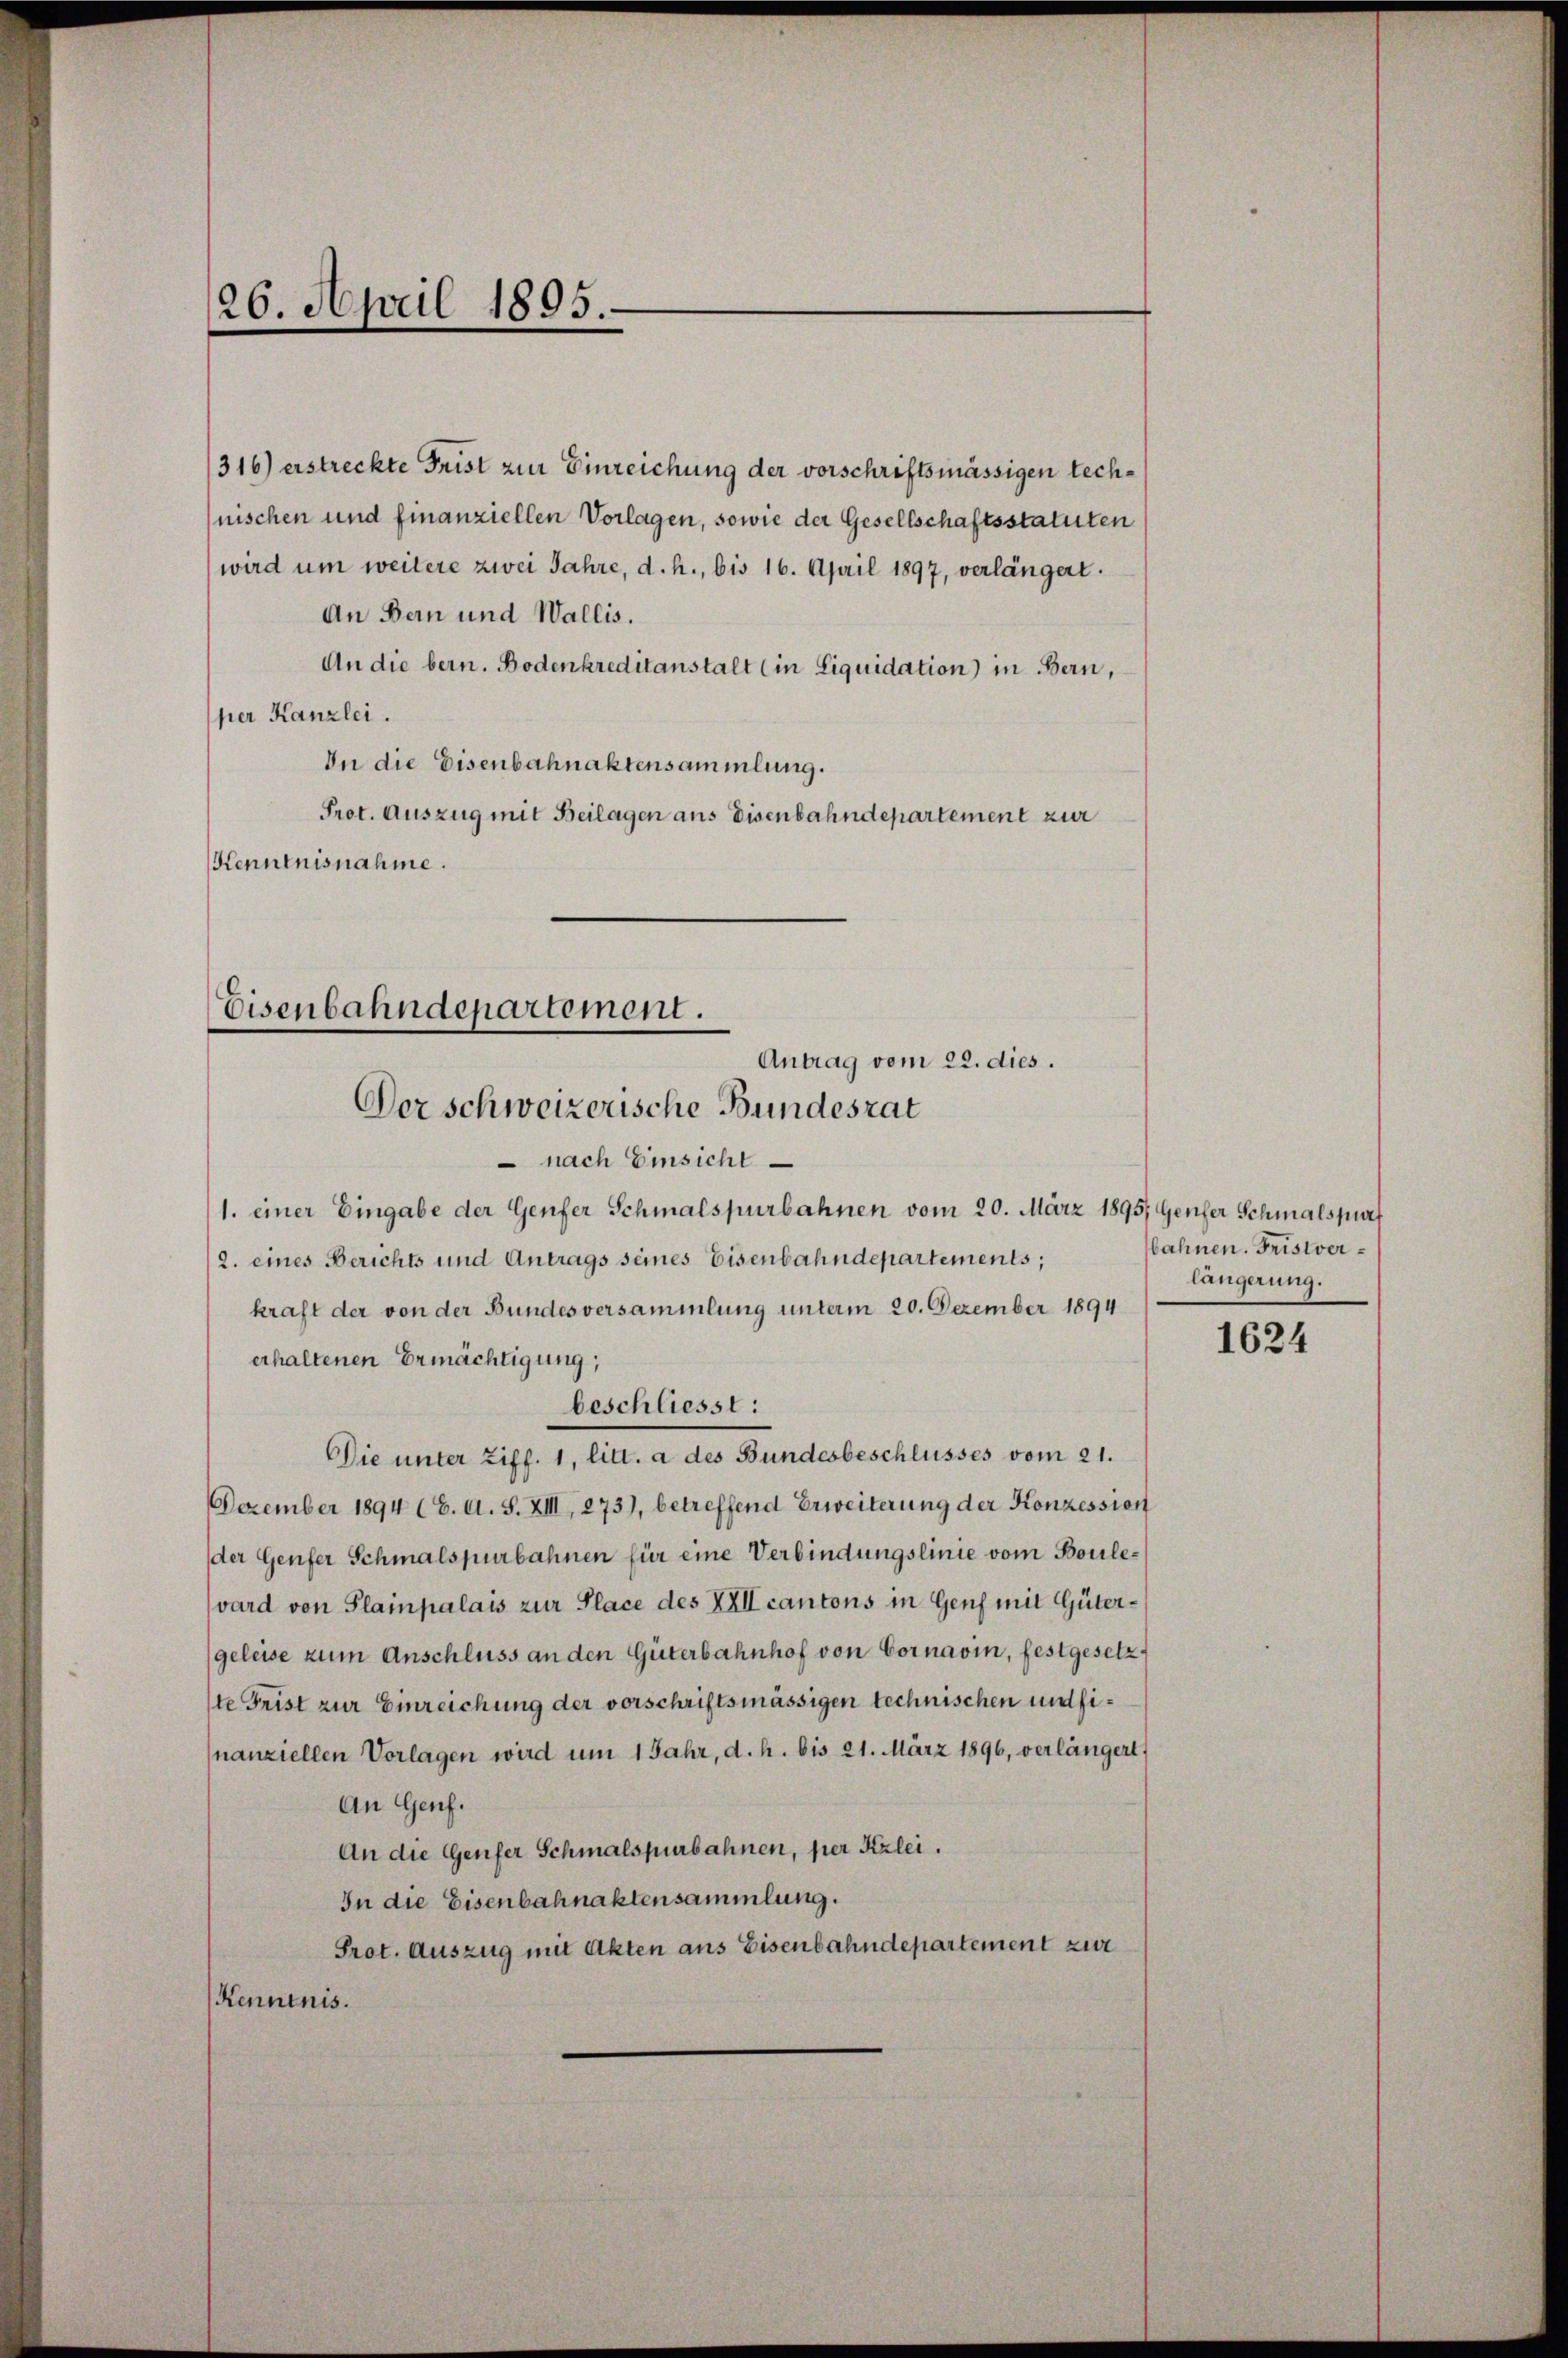
26. April 1895.

316) erstreckte Frist zur Einreichung der vorschriftsmässigen technischen und finanziellen Vorlagen, sowie der Gesellschaftsstatuten
wird um weitere zwei Jahre, d. h., bis 16. April 1897, verlängert.
An Bern und Wallis.
An die bern. Bodenkreditanstalt (in Liquidation) in Bern,
per Kanzlei.
In die Eisenbahnaktensammlung.
Prot. Auszug mit Beilagen aus Disenbahndepartement zur
Kenntnisnahme.

Eisenbahndepartement.
Antrag vom 22. dies.
Der schweizerische Bundesrat

nach Einsicht
1. einer Eingabe der Genfer Schmalspurbahnen vom 20. März 1895, Genfer Schmalspur
2. eines Berichts und Antrags seines Eisenbahndepartements;
kraft der von der Bundesversammlung unterm 20. Dezember 1894
erhaltenen Ermächtigung,
beschliesst:
Die unter Ziff. 1, litt. a des Bundesbeschlusses vom 21.
Dezember 1894 (6. A. S. XIII, 273), betreffend Erweiterung der Konzessien
der Genfer Schmalspurbahnen für eine Verbindungslinie vom Boulevard von Plainpalais zur Place des XXII cantons in Genf mit Gütergeleise zum Anschluss an den Güterbahnhof von Cornavin, festgesetz
ste Frist zur Einreichung der vorschriftsmässigen technischen und finanziellen Vorlagen wird um 1 Jahr, d. h. bis 21. März 1896, verlängert,
An Genf.
An die Genfer Schmalspurbahnen, per Kzlei.
In die Eisenbahnaktensammlung.
Prot. Auszug mit Akten aus Eisenbahndepartement zur
Kenntnis.

bahnen. Fristverlängerung.

1624